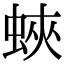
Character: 蛺